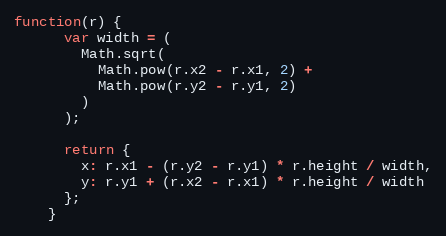
Language: JavaScript
function(r) {
      var width = (
        Math.sqrt(
          Math.pow(r.x2 - r.x1, 2) +
          Math.pow(r.y2 - r.y1, 2)
        )
      );

      return {
        x: r.x1 - (r.y2 - r.y1) * r.height / width,
        y: r.y1 + (r.x2 - r.x1) * r.height / width
      };
    }